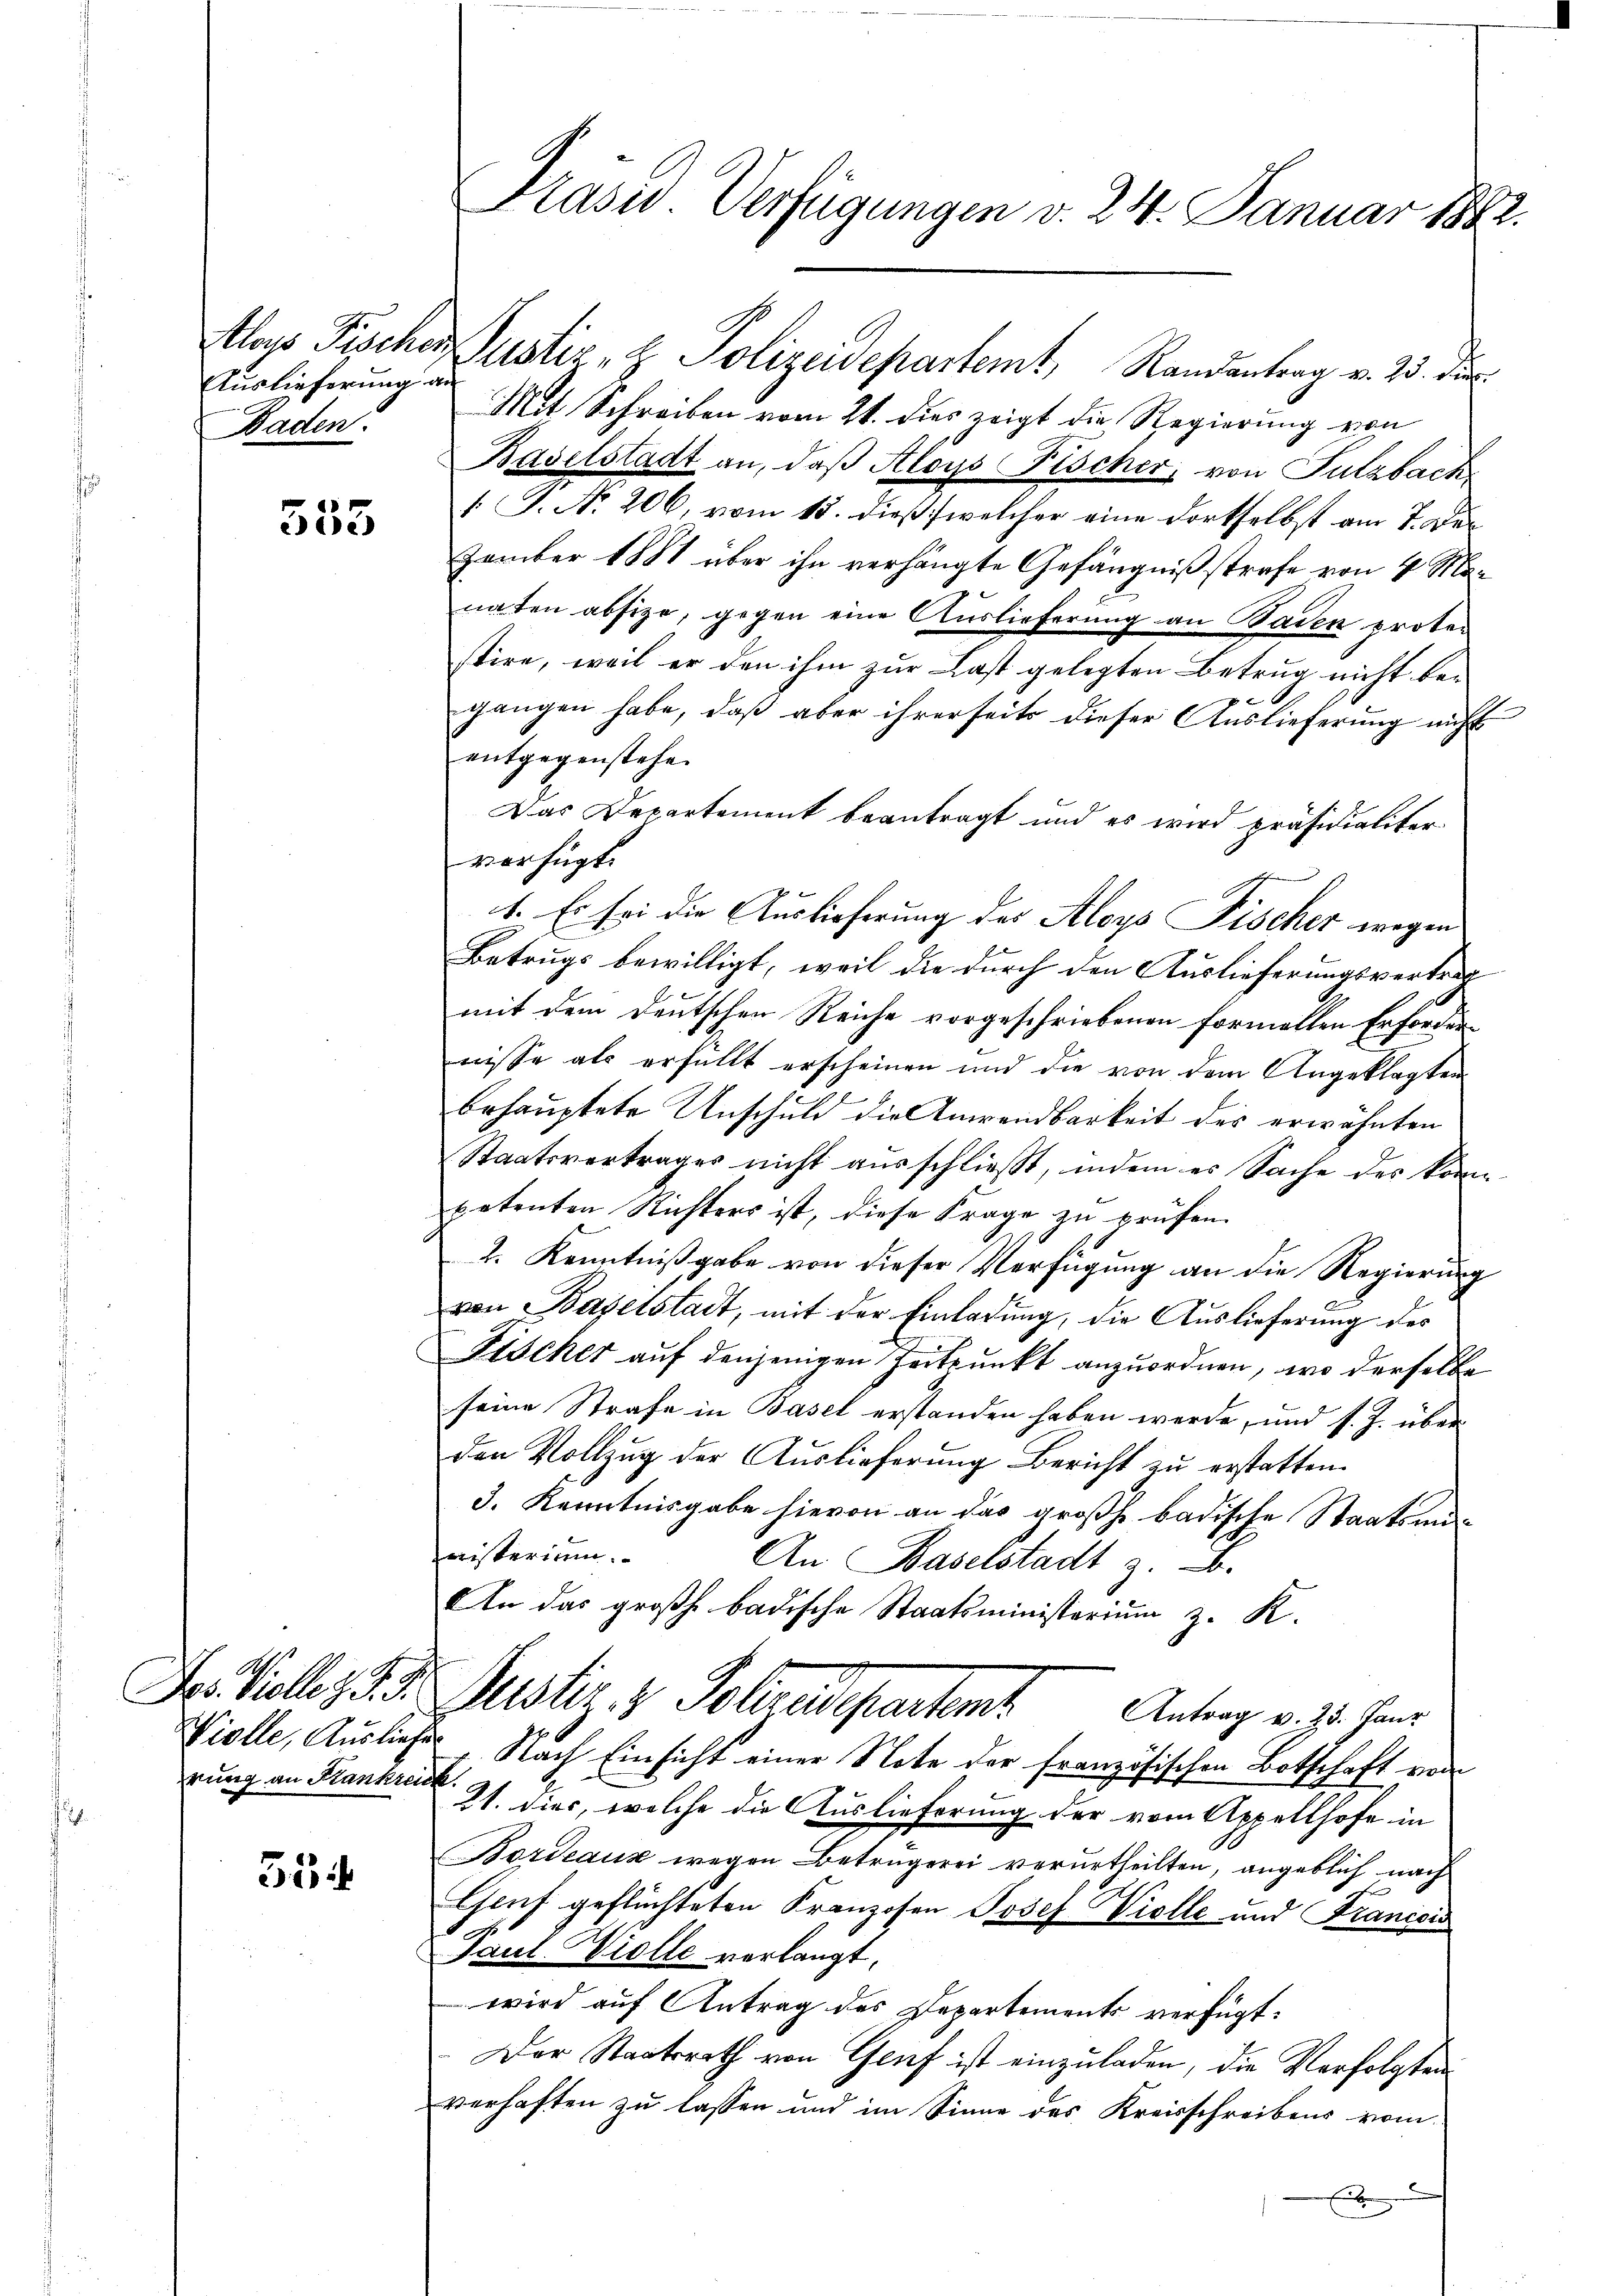
Auslieferung an
Daden.

553

rung an Krankreich.

53

tlass Fischer Justiz- & Polizeidepartemt, Randantrag v. 25. Dur
Mit Schreiben vom 21. dies zeigt die Regierung von
Baselstadt an, daß Aloys Fischer, von Fulzbach
1 P. Nr. 206, vom 15. dieß, welcher eine dortselbst am 7. Dezember 1881 über ihn verhängte Gefängnißstrafe von 4 Manaten absize, gegen eine Auslieferung an Baden protestire, weil er den ihm zur Last gelegten Betrug nicht begangen habe, daß aber ihrerseits dieser Auslieferung nicht
entgegenstehen
Das Departement beantragt und es wird präsidialiter
verfügt:
1. Es sei die Auslieferung des Aloys Fischer wegen
Betrugs bewilligt, weil die durch den Auslieferungsvertrag
mit dem Deutschen Reiche vorgeschriebenen formellen Erfordernisse als erfüllt erscheinen und die von dem Angeklagten
behauptete Unschuld die Anwendbarkeit der erwähnten
Staatsvertrages nicht ausschließt, indem es Sache des kompetenten Richters ist, diese Frage zu prüfen.
2. Kenntnißgabe von dieser Verfügung an die Regierung
von Baselstadt, mit der Einladung, die Auslieferung des
Fischer auf denjenigen Zeitpunkt anzuordnen, wo derselbe
seine Strafe in Basel erstanden haben werde, und s. Z. überden Vollzug der Auslieferung Bericht zu erstatten.
3. Kenntnisgabe hievon an das großh. badische Staatsanaisterium.
An Baselstadt z. B.
An das großh. badische Staatsministerium z. K.
Das Kolleg u. Dr Justiz & Polizeidepartem Antrag v. 3. Konr
Violle, Ausliefe. Nach Einsicht einer Note der französischen Botschaft von
21. dies, welche die Auslieferung der vom Appellhofe in
Bordeaux wegen Betrugerei verurtheilten, angeblich nach
2
Genf geflüchteten Kranzosen Josef Wiolle und Franicis
Paul Violle verlangt.
wird auf Antrag des Departements verfügt:
Der Staatsrath von Genf ist einzuladen, die Verfolgten
verhaften zu lassen und im Sinne des Kreisschreibens vom
.

Präses Verfügungen v. 24. Januar 1882.